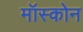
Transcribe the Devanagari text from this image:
मॉस्कोन